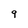
Character: 9